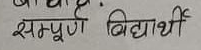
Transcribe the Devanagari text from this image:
सम्पूर्ण विद्यार्थी